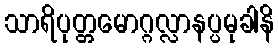
သာရိပုတ္တမောဂ္ဂလ္လာနပ္ပမုခါနိ